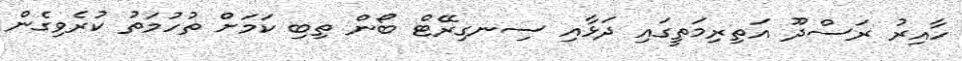
ހާއިރު ރަސްދޫ އަތިރިމަތީގައި ދަޅާއި ސިނގިރޭޓް ބޯން ތިބި ކަމަށް ތުހުމަތު ކުރެވިގެން